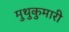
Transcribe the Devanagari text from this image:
मुथुकुमारी